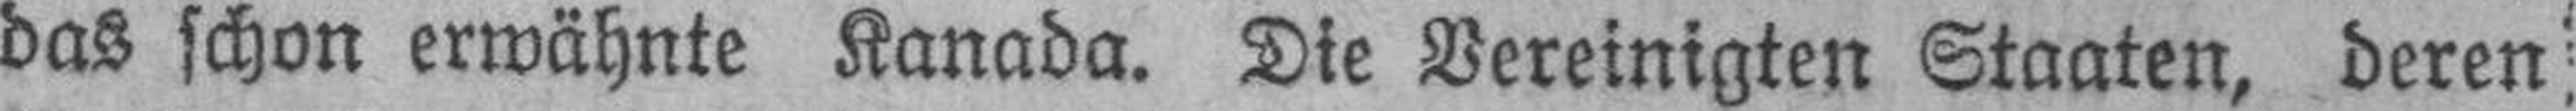
das schon erwähnte Kanada. Die Vereinigten Staaten, deren